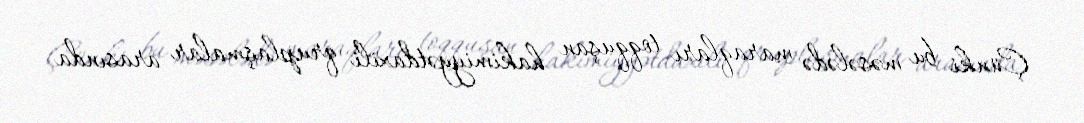
Çünki bu məsələdə maraqları toqquşan hakimiyyətdaxili qruplaşmalar arasında